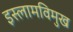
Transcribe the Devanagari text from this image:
इस्लामविमुख